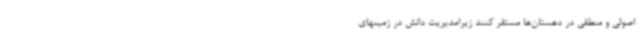
اصولی و منطقی در دهستان‌ها مستقر کنند زیرامدیریت دانش در زمینهای